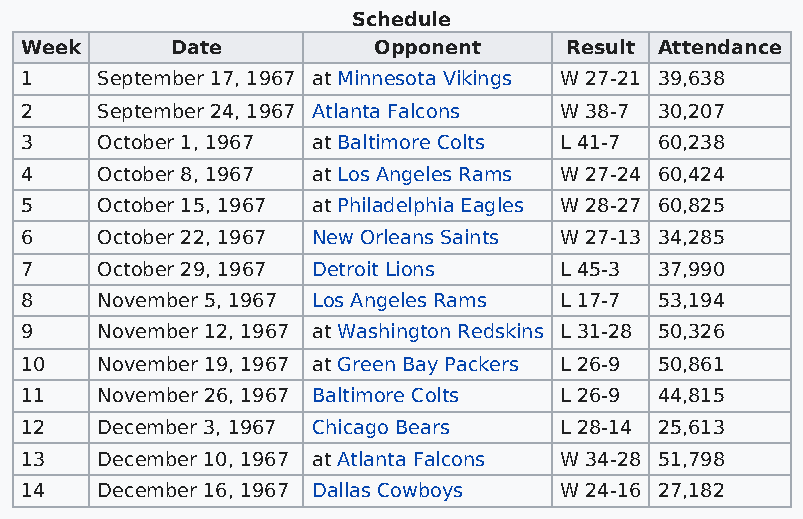
Schedule
 Week      Date          Opponent    Result Attendance
 1    September 17, 1967 at Minnesota Vikings W 27-21 39,638
 2    September 24, 1967 Atlanta Falcons W 38-7 30,207
 3    October 1, 1967 at Baltimore Colts L 41-7 60,238
 4    October 8, 1967 at Los Angeles Rams W 27-24 60,424
 5    October 15, 1967 at Philadelphia Eagles W 28-27 60,825
 6    October 22, 1967 New Orleans Saints W 27-13 34,285
 7    October 29, 1967 Detroit Lions L 45-3 37,990
 8    November 5, 1967 Los Angeles Rams L 17-7 53,194
 9    November 12, 1967 at Washington Redskins L 31-28 50,326
 10   November 19, 1967 at Green Bay Packers L 26-9 50,861
 11   November 26, 1967 Baltimore Colts L 26-9 44,815
 12   December 3, 1967 Chicago Bears L 28-14 25,613
 13   December 10, 1967 at Atlanta Falcons W 34-28 51,798
 14   December 16, 1967 Dallas Cowboys W 24-16 27,182